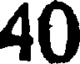
40